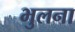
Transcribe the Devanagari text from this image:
भुलना